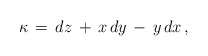
\begin{align*}\kappa \,=\, dz \,+\, x\,dy\,-\, y\,dx\,,\end{align*}